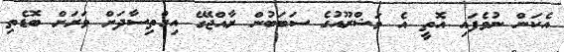
އެކަން ނުވެފައި އޮތީ އެ މަޝްރޫއުގެ ސަބަބުން ރާއްޖޭގެ އިގްތިސާދަށް ވަރަށް ބޮޑެތި